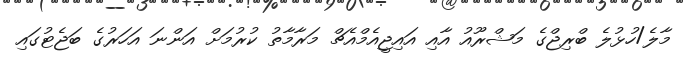
މާލެ/ހުޅުލެ ބްރިޖްގެ މަޝްރޫއު އާއި އައިޖީއެމްއެޗް މަރާމާތު ކުރުމަށް އަންނަ އަހަރުގެ ބަޖެޓުގައި